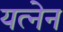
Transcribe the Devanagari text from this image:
यत्नेन